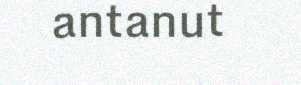
antanut